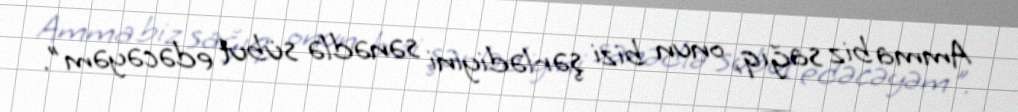
Amma biz sağıq, onun bizi şərlədiyini sənədlə sübut edəcəyəm".